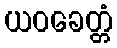
ယဝခေတ္တံ